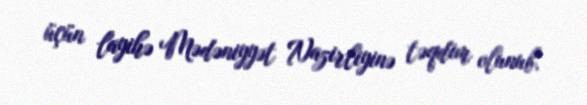
üçün layihə Mədəniyyət Nazirliyinə təqdim olunub.